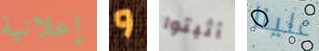
إعلانية و أثبتوا علينا